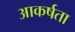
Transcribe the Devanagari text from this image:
आकर्षता